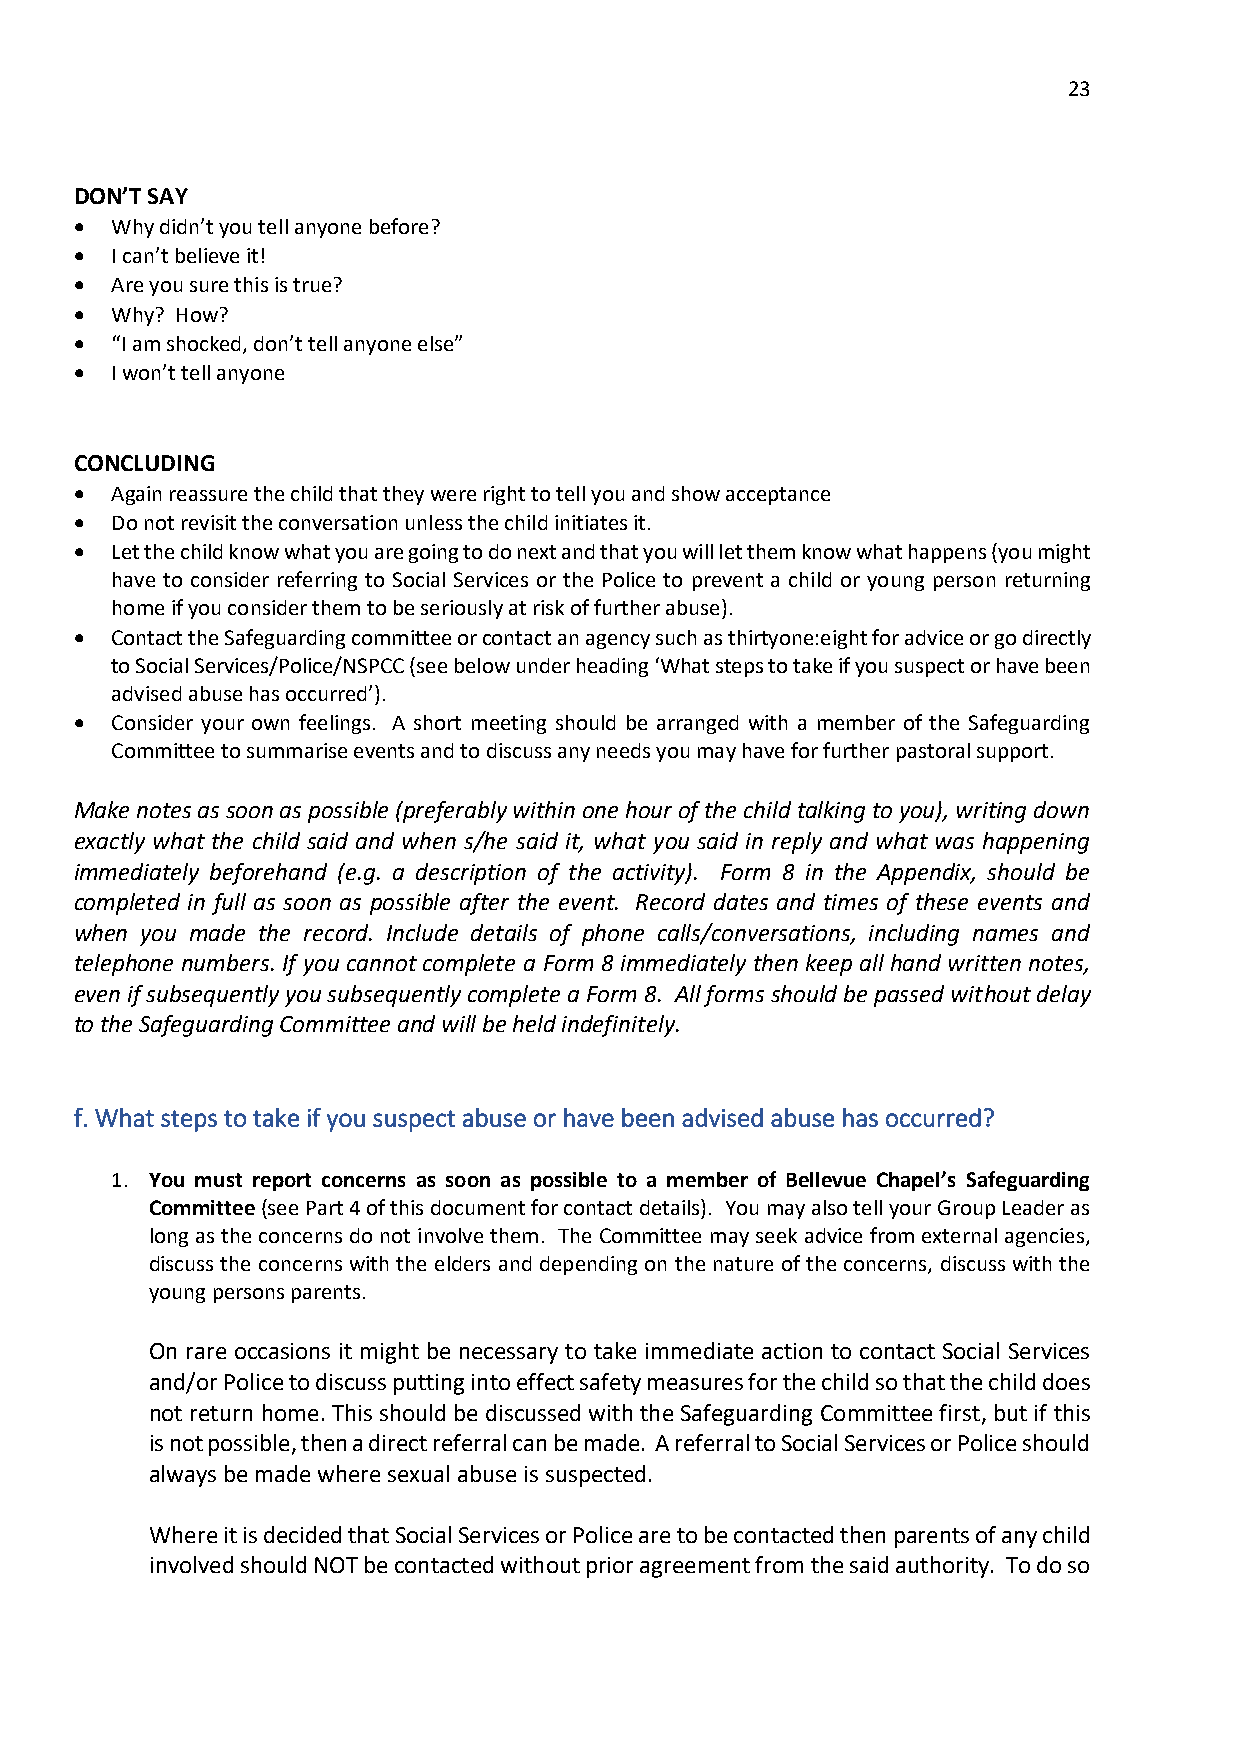
23
 DON’T SAY
 • Why didn’t you tell anyone before?
 • I can’t believe it!
 • Are you sure this is true?
 • Why? How?
 • “I am shocked, don’t tell anyone else”
 • I won’t tell anyone
 CONCLUDING
 • Again reassure the child that they were right to tell you and show acceptance
 • Do not revisit the conversation unless the child initiates it.
 • Let the child know what you are going to do next and that you will let them know what happens (you might
 have to consider referring to Social Services or the Police to prevent a child or young person returning
 home if you consider them to be seriously at risk of further abuse).
 • Contact the Safeguarding committee or contact an agency such as thirtyone:eight for advice or go directly
 to Social Services/Police/NSPCC (see below under heading ‘What steps to take if you suspect or have been
 advised abuse has occurred’).
 • Consider your own feelings. A short meeting should be arranged with a member of the Safeguarding
 Committee to summarise events and to discuss any needs you may have for further pastoral support.
 Make notes as soon as possible (preferably within one hour of the child talking to you), writing down
 exactly what the child said and when s/he said it, what you said in reply and what was happening
 immediately beforehand (e.g. a description of the activity). Form 8 in the Appendix, should be
 completed in full as soon as possible after the event. Record dates and times of these events and
 when you made the record. Include details of phone calls/conversations, including names and
 telephone numbers. If you cannot complete a Form 8 immediately then keep all hand written notes,
 even if subsequently you subsequently complete a Form 8. All forms should be passed without delay
 to the Safeguarding Committee and will be held indefinitely.
 f. What steps to take if you suspect abuse or have been advised abuse has occurred?
 1. You must report concerns as soon as possible to a member of Bellevue Chapel’s Safeguarding
 Committee (see Part 4 of this document for contact details). You may also tell your Group Leader as
 long as the concerns do not involve them. The Committee may seek advice from external agencies,
 discuss the concerns with the elders and depending on the nature of the concerns, discuss with the
 young persons parents.
 On rare occasions it might be necessary to take immediate action to contact Social Services
 and/or Police to discuss putting into effect safety measures for the child so that the child does
 not return home. This should be discussed with the Safeguarding Committee first, but if this
 is not possible, then a direct referral can be made. A referral to Social Services or Police should
 always be made where sexual abuse is suspected.
 Where it is decided that Social Services or Police are to be contacted then parents of any child
 involved should NOT be contacted without prior agreement from the said authority. To do so